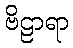
ဗိဠာရာ